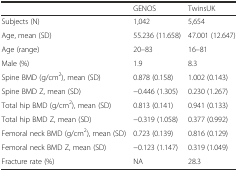
<table><thead><tr><td></td><td><b>GENOS</b></td><td><b>TwinsUK</b></td></tr></thead><tbody><tr><td>Subjects (N)</td><td>1,042</td><td>5,654</td></tr><tr><td>Age, mean (SD)</td><td>55.236 (11.658)</td><td>47.001 (12.647)</td></tr><tr><td>Age (range)</td><td>20–83</td><td>16–81</td></tr><tr><td>Male (%)</td><td>1.9</td><td>8.3</td></tr><tr><td>Spine BMD (g/cm<sup>2</sup>), mean (SD)</td><td>0.878 (0.158)</td><td>1.002 (0.143)</td></tr><tr><td>Spine BMD Z, mean (SD)</td><td>−0.446 (1.305)</td><td>0.230 (1.267)</td></tr><tr><td>Total hip BMD (g/cm<sup>2</sup>), mean (SD)</td><td>0.813 (0.141)</td><td>0.941 (0.133)</td></tr><tr><td>Total hip BMD Z, mean (SD)</td><td>−0.319 (1.058)</td><td>0.377 (0.992)</td></tr><tr><td>Femoral neck BMD (g/cm<sup>2</sup>), mean (SD)</td><td>0.723 (0.139)</td><td>0.816 (0.129)</td></tr><tr><td>Femoral neck BMD Z, mean (SD)</td><td>−0.123 (1.147)</td><td>0.319 (1.049)</td></tr><tr><td>Fracture rate (%)</td><td>NA</td><td>28.3</td></tr></tbody></table>